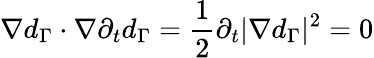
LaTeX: \nabla d_{\Gamma}\cdot\nabla\partial_{t}d_{\Gamma}=\frac 12\partial_{t}|\nabla d_{\Gamma}|^{2}=0